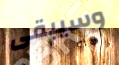
وسيبقى